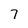
Character: 7